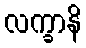
လက္ခာနိ